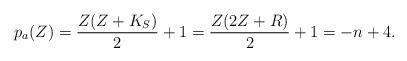
LaTeX: \begin{align*}p_a(Z)=\frac{Z(Z+K_S)}{2}+1 = \frac{Z(2Z+R)}{2}+1 = -n+4.\end{align*}